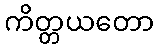
ကိတ္တယတော